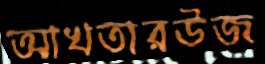
আখতারউজ